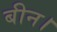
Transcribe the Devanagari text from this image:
बीन।